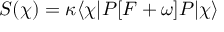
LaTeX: S ( \chi ) = \kappa \langle \chi | P [ F + \omega ] P | \chi \rangle